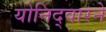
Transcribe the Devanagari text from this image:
योनिद्वारने